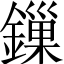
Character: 鏁